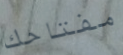
مفتاحك